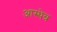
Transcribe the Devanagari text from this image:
आस्थेन्र